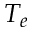
T _ { e }